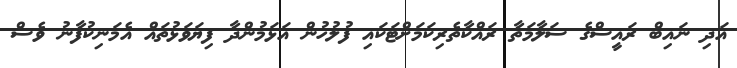
އަދި ނައިބް ރައީސްގެ ސަލާމަތާ ރައްކާތެރިކަމަށްޓަކައި ފުލުހުން އަޅަމުންދާ ފިޔަވަޅުތައް އެމަނިކުފާނު ވެސް